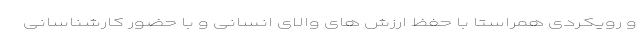
و رویکردی همراستا با حفظ ارزش های والای انسانی و با حضور کارشناسانی